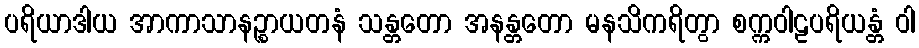
ပရိယာဒါယ အာကာသာနဉ္စာယတနံ သန္တတော အနန္တတော မနသိကရိတွာ စက္ကဝါဠပရိယန္တံ ဝါ